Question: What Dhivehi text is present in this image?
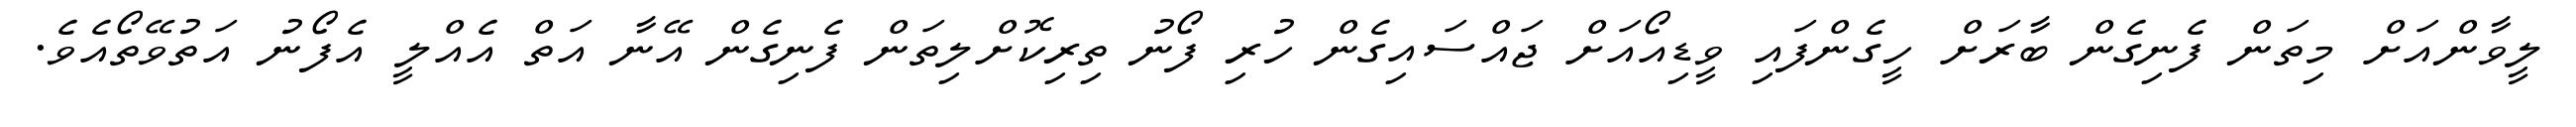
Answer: ލީވާންއަށް މިތަން ފެނިގެން ބާރަށް ހީގެންފައި ވީޑިއޯއަށް ޖައްސައިގެން ހުރި ފޯނު ތިރިކޮށްލިތަން ފެނިގެން އޭނާ އަތް އެއްލީ އެފޯނު އަތުވޭތޯއެވެ.